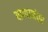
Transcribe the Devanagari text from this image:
बाप्पानंतर